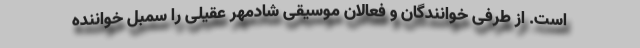
است. از طرفی خوانندگان و فعالان موسیقی شادمهر عقیلی را سمبل خواننده